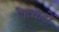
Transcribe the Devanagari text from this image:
कैथोडों